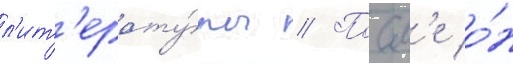
л'ит'ерату́ры // Посл'е о́н